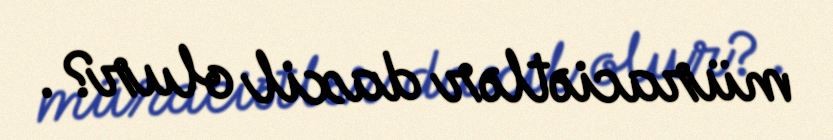
müraciətlər daxil olur?.